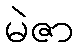
မဲဇာ